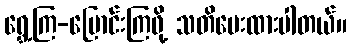
ရွှေ့ကြ-ပြောင်းကြဖို့ သတိပေးထားပါတယ်။